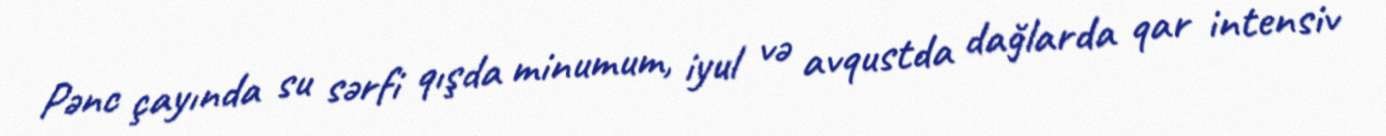
Pənc çayında su sərfi qışda minumum, iyul və avqustda dağlarda qar intensiv